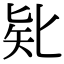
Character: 𠤗